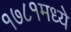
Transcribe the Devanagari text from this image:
१७८१मध्ये